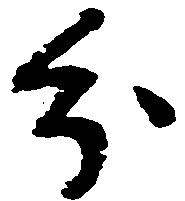
分